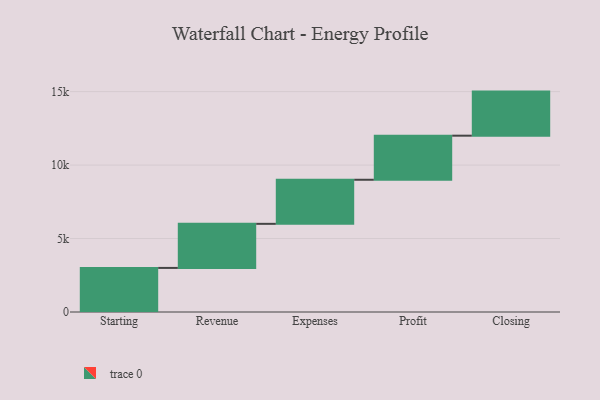
{"axis": {"x": "Step", "y": "Value"}, "legend": [""], "data": [{"x": "Starting", "y": 3000, "type": ""}, {"x": "Revenue", "y": 3000, "type": ""}, {"x": "Expenses", "y": 3000, "type": ""}, {"x": "Profit", "y": 3000, "type": ""}, {"x": "Closing", "y": 3000, "type": ""}]}